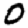
Digit: 0